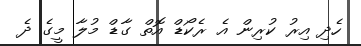
ހެދި އިރު ކުރިން އެ ރެކޯޑް އޮތް ގާޑް މުލާ މީގެ ދެ